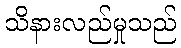
သိနားလည်မှုသည်